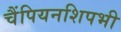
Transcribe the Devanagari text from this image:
चैंपियनशिपभी